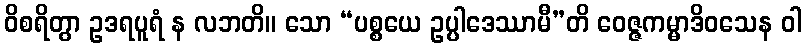
ဝိစရိတွာ ဥဒရပူရံ န လဘတိ။ သော “ပစ္စယေ ဥပ္ပါဒေဿာမီ”တိ ဝေဇ္ဇကမ္မာဒိဝသေန ဝါ